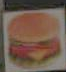
.